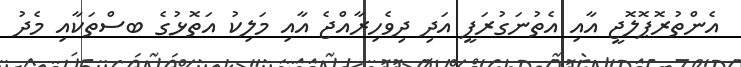
އެންތުރޮޕޮލޮޖީ އާއި އެތުނަގުރަފީ އަދި ދިވެހިރާއްޖެ އާއި މަލިކު އަތޮޅުގެ ބސްތަކާއި މެދު